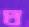
ঘ